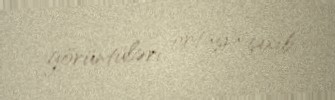
görüntüləri ortaya çıxıb.